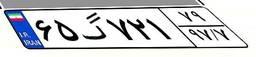
۶۵گ۷۲۱۷۹